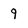
Character: 9